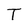
Character: T